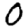
Digit: 0